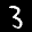
Label: 3